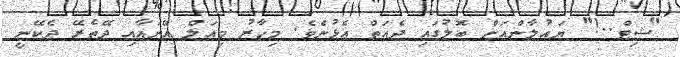
"ޝިޓް..!" ޔައުލާންއަށް ބޮލުގައި ދެއަތް އެޅުނެވެ. މިހާރު މިއަލް އޭނައާއި ދޭތެރޭ ދެކޭނީ